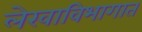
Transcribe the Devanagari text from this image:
लेखाविभागात